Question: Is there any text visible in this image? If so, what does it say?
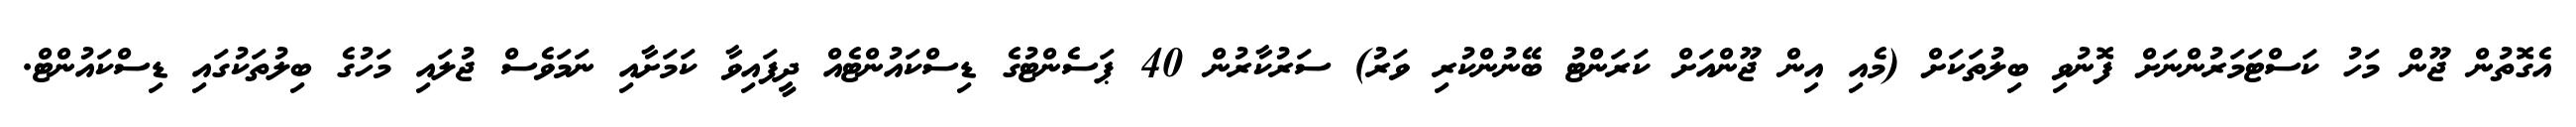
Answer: އެގޮތުން ޖޫން މަހު ކަސްޓަމަރުންނަށް ފޮނުވި ބިލުތަކަށް (މެއި އިން ޖޫންއަށް ކަރަންޓު ބޭނުންކުރި ވަރު) ސަރުކާރުން 40 ޕަސެންޓުގެ ޑިސްކައުންޓެއް ދީފައިވާ ކަމަށާއި ނަމަވެސް ޖުލައި މަހުގެ ބިލުތަކުގައި ޑިސްކައުންޓް.